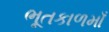
ભૂતકાળમાઁ